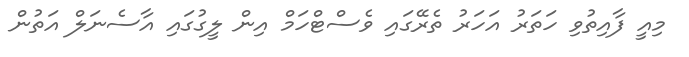
މިއީ ފާއިތުވި ހަތަރު އަހަރު ތެރޭގައި ވެސްޓްހަމް އިން ލީގުގައި އާސެނަލް އަތުން